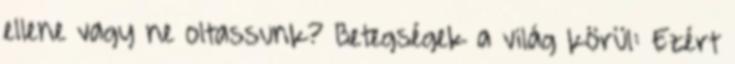
ellene vagy ne oltassunk? Betegségek a világ körül: Ezért